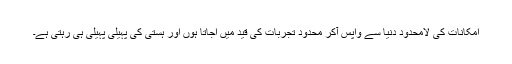
امکانات کی لامحدود دنیا سے واپس آکر محدود تجربات کی قید میں آجاتا ہوں اور ہستی کی پہیلی پہیلی ہی رہتی ہے۔